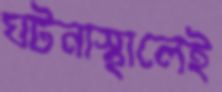
ঘটনাস্থালেই